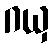
ဂယှ